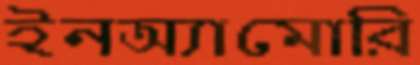
ইনঅ্যামোরি